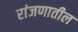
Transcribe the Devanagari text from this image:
रांजणातील